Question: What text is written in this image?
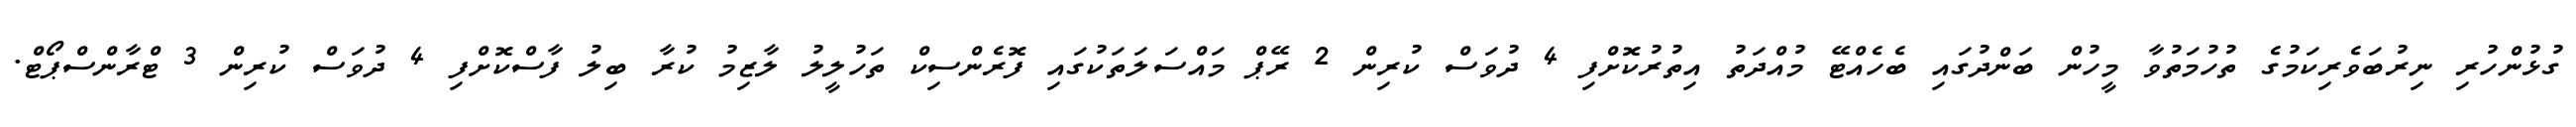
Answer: ގުޅުންހުރި ނިރުބަވެރިކަމުގެ ތުހުމަތުވާ މީހުން ބަންދުގައި ބެހެއްޓޭ މުއްދަތު އިތުރުކޮށްފި 4 ދުވަސް ކުރިން 2 ރޭޕް މައްސަލަތަކުގައި ފޮރެންސިކް ތަހުލީލު ލާޒިމު ކުރާ ބިލު ފާސްކޮށްފި 4 ދުވަސް ކުރިން 3 ޓްރާންސްޕޯޓް.